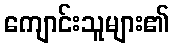
ကျောင်းသူများ၏